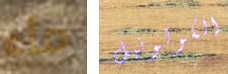
ماء الكولونيل